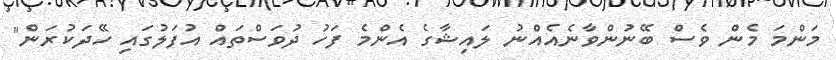
މަންމަ މެން ވެސް ބޭނުންވާނެއެއްނު ލައިޝާގެ އެންމެ ފަހު ދުވަސްތައް އުފަލުގައި ހޭދަކުރަން"